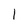
Character: l